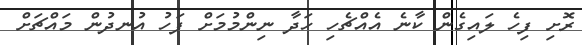
ރޮށި ފިހެ ލައިގެން ކާނެ އެއްޗެހި ހަދާ ނިންމުމަށް ފަހު އުނދުން މައްޗަށް